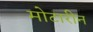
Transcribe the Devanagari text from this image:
मोटारीन